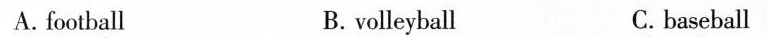
A.football B. volleyball C. baseball